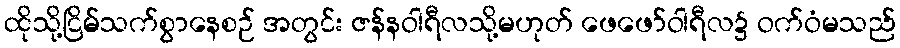
ထိုသို့ငြိမ်သက်စွာနေစဉ် အတွင်း ဇန်နဝါရီလသို့မဟုတ် ဖေဖော်ဝါရီလ၌ ဝက်ဝံမသည်